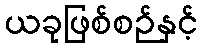
ယခုဖြစ်စဉ်နှင့်